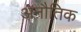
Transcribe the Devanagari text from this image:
अनौतिक